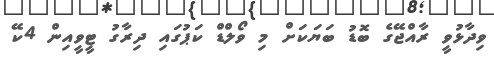
ވިދާޅުވީ ރާއްޖޭގެ ބޮޑު ބަޔަކަށް މި ވޯލްޑް ކަޕުގައި ދިރާގު ޓީވީއިން 4ކޭ